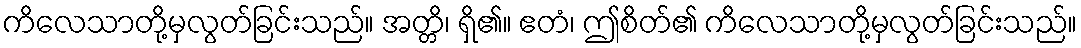
ကိလေသာတို့မှလွတ်ခြင်းသည်။ အတ္တိ၊ ရှိ၏။ ဧတံ၊ ဤစိတ်၏ ကိလေသာတို့မှလွတ်ခြင်းသည်။